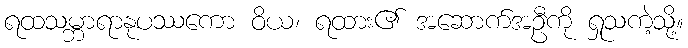
ရထသမ္ဘာရာနုပဿကော ဝိယ၊ ရထား၏ အဆောက်အဦကို ရှုသကဲ့သို့။